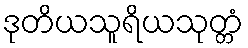
ဒုတိယသူရိယသုတ္တံ